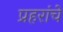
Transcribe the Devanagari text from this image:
प्रहरांचे